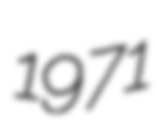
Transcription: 1971